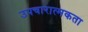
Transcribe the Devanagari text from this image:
उपचारात्मकता